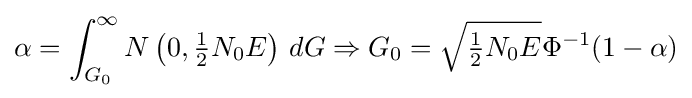
\alpha =\int _{G_{0}}^{\infty }N\left(0,{\tfrac {1}{2}}N_{0}E\right)\,dG\Rightarrow G_{0}={\sqrt {{\tfrac {1}{2}}N_{0}E}}\Phi ^{-1}(1-\alpha )